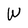
Character: W